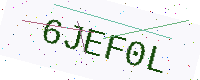
Text: 6JEF0L